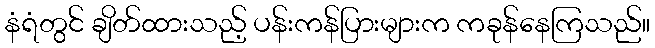
နံရံတွင် ချိတ်ထားသည့် ပန်းကန်ပြားများက ကခုန်နေကြသည်။